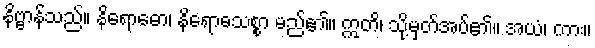
နိဗ္ဗာန်သည်။ နိရောဓော၊ နိရောဓသစ္စာ မည်၏။ ဣတိ၊ သို့မှတ်အပ်၏။ အယံ၊ ကား။